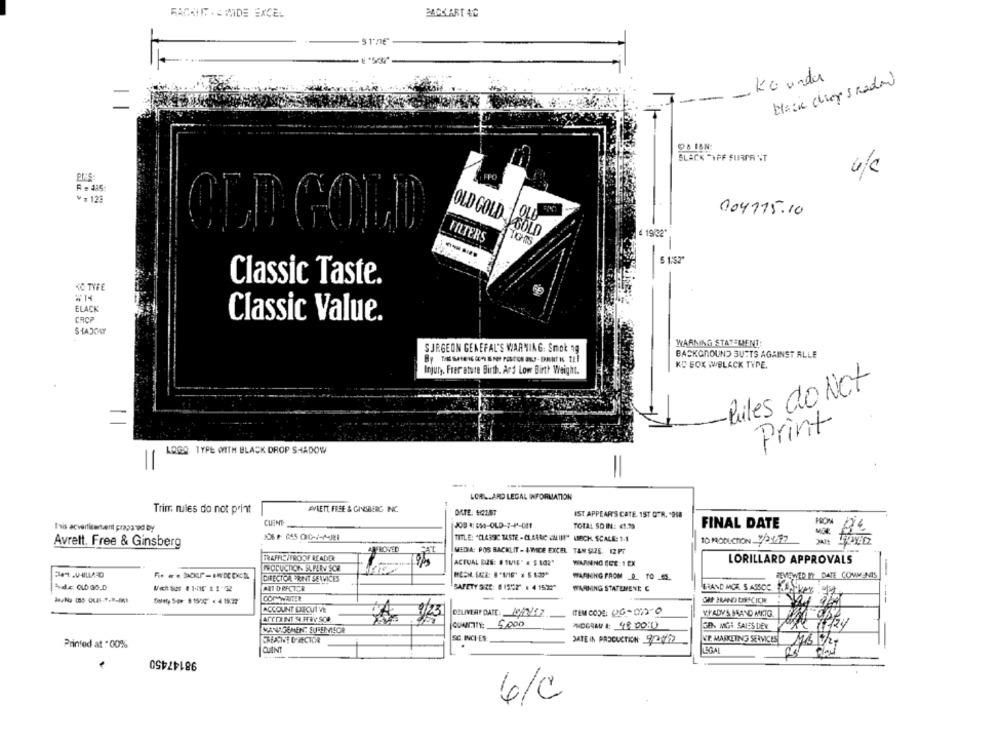
FACCIIT - E MMIDE EXCEL
BACKART AC
stne
Kounde
--
D& I&N
SLACK -VFF SURPRINT
6/c
FFO
R = 485:
V = 123
OLD GOLD
004715.10
OLD
OLD GOLD
FILTERS
4 19/02
Classic Taste.
KC TYFE
#'T4
ELACK
CROP
Classic Value.
WARNING STATEMENT:
SURGEON GENEFAL'S WARNING: Smok 1g
BACKGROUND BUTTS AGAINST ALLE
KD BOX WWBLACK TYPE.
Injury. Frer atute Birth. And Low Birth Weight.
Rules do Not
Print
LOGO TYPE WITH BLACK DROP SHADOW
=
LORL.ARD LEGAL INFORMATION
Trim rules do not print
EVEETT, FREE & GINSBERG INC.
DATE: 50157
IST APPEAR'S CATE. 1ST GTR. "968
FROM
Isis acvertisement prapa ed by
CUENT
TOTAL SO IN: < 1.79
FINAL DATE
MOR
TITLE: "CLASSIC TASTE - CLEARIC CMIN" MIECH, SCALE: 1.1
10 PRODUCTION 7/24.77
Avrett, Free & Ginsberg
TRAFFICITROOF MADD
MEDIA: POS BACKLIT - 4-WICE EXCEL TAN SIZE. 12PT
ACTUAL DUE: 8 1W/16" # $ 102"
WAANNO SEE: 1 EX
LORILLARD APPROVALS
PRODUCTION. SUPLE SOR
DIRECTOR FRINT SERVICES
WARNING FROM P. TO .
REVIEWED NY DATE COMMENTS
ART DIRECTOR
SAFETY SEE: 81592 . 41522
WARNING STATENENE C
BRAND MOR & ASSOC LA
COMWAITER
GIF BRAND DIRECIONE
ACCOUNT EXECUTIVE
DELIVERY DATE: 19/03/12
ITEM CODE: 06-072-0
VPADY'S BRAND MKTG
ACCO INT SAL PFRY SCR
QUANTITY: 5,000
NOGRAU 4: 4800:0
ER. MGR SAIES DEY
SC. INCI-ES:
WE. MARKETING SERVICES
Printed at "00%
DATE IN PRODUCTION 321/22
98147450
QUINT
6/C